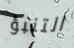
التنبؤ